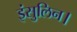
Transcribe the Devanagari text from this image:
इंसुलिन।